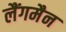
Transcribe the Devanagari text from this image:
लैंगमैन